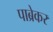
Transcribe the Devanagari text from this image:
पाब्रेकर